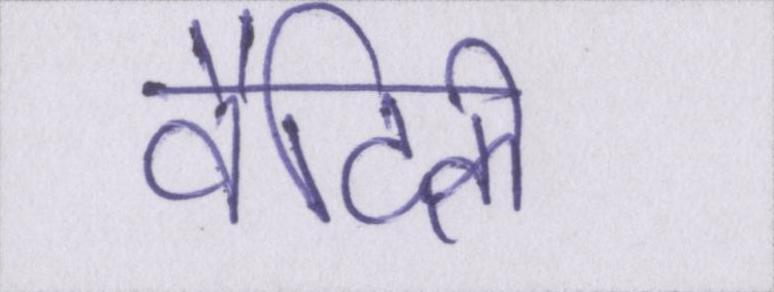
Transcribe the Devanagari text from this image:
वैदिकी